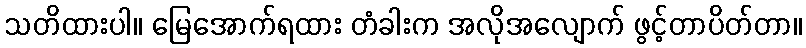
သတိထားပါ။ မြေအောက်ရထား တံခါးက အလိုအလျောက် ဖွင့်တာပိတ်တာ။